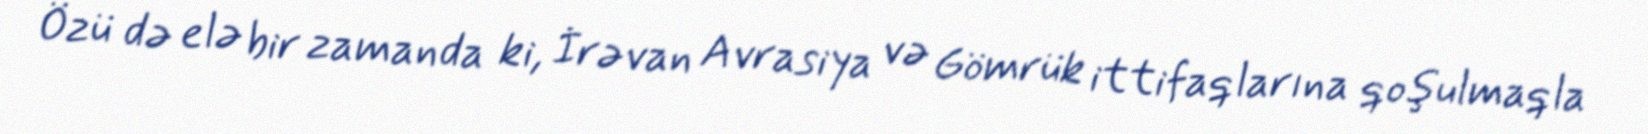
Özü də elə bir zamanda ki, İrəvan Avrasiya və Gömrük ittifaqlarına qoşulmaqla